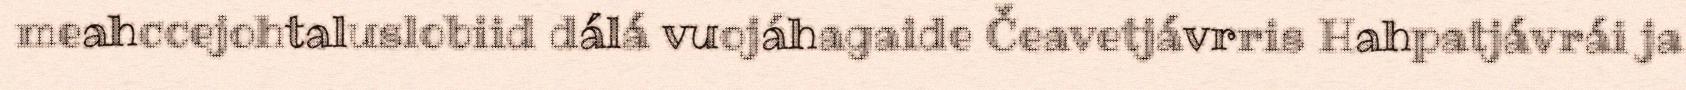
meahccejohtaluslobiid dálá vuojáhagaide Čeavetjávrris Hahpatjávrái ja